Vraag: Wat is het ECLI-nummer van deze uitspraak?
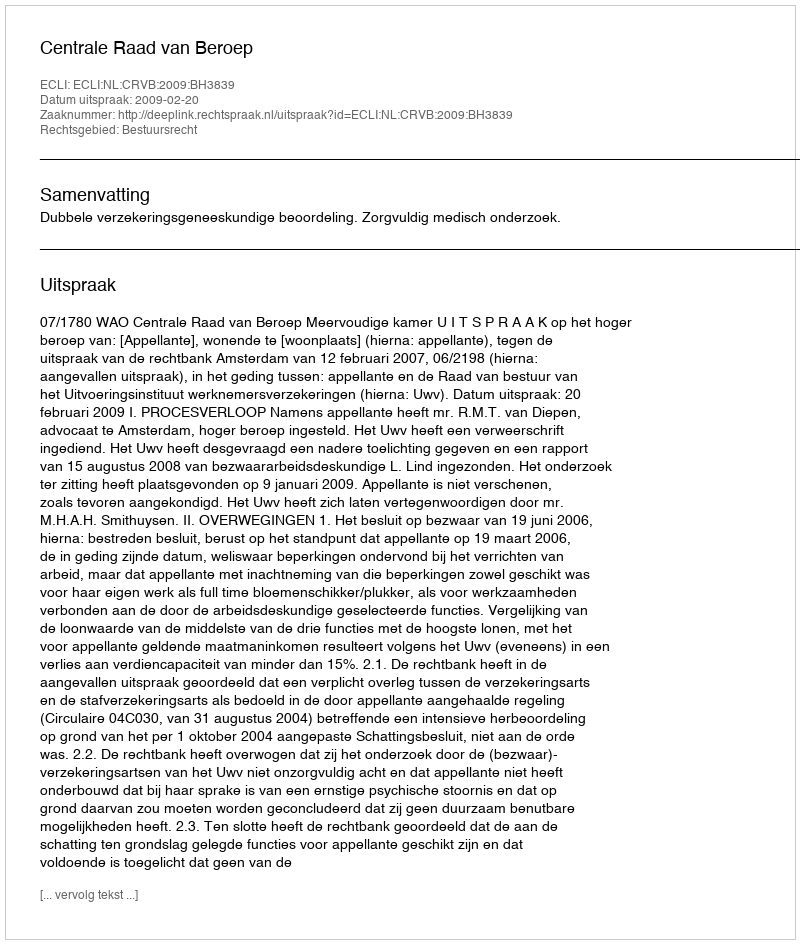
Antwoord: ECLI:NL:CRVB:2009:BH3839